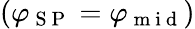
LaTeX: (\varphi_{\mathrm{~S~P~}}=\varphi_{\mathrm{~m~i~d~}})